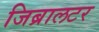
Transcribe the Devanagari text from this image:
जिब्रालटर